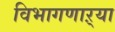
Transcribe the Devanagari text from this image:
विभागणाऱ्या